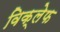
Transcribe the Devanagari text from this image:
विक्लेफ